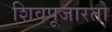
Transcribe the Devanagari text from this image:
शिवपूजारतो